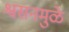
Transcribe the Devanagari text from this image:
श्वसनमुळे